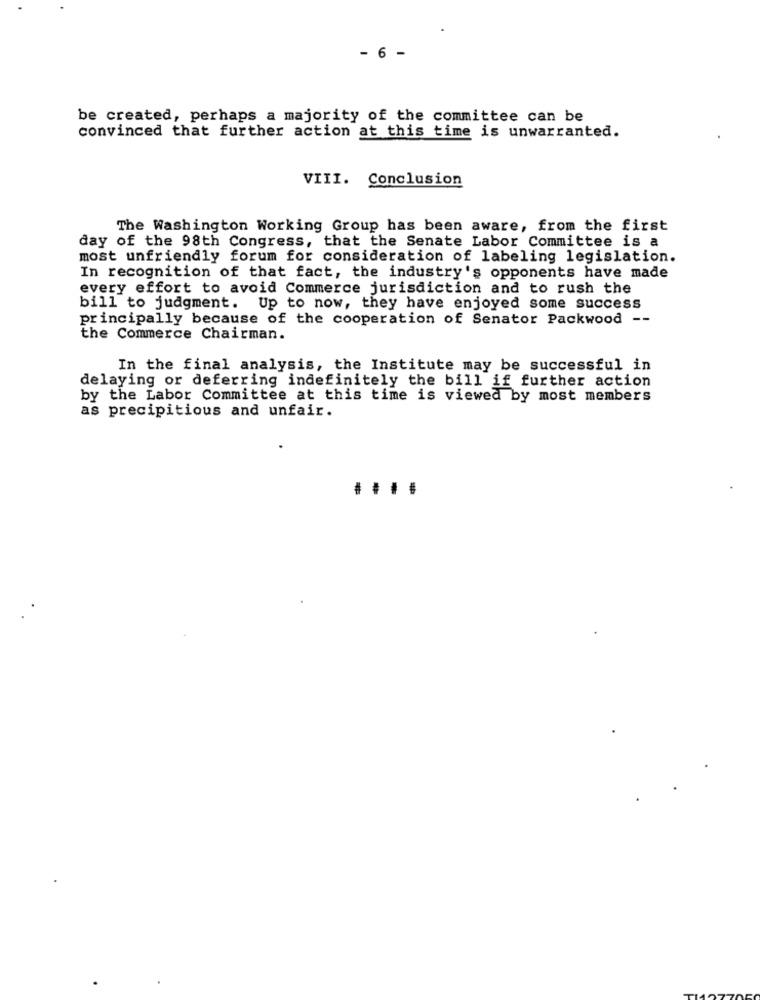
- 6 -
be created, perhaps a majority of the committee can be
convinced that further action at this time is unwarranted.
VIII. Conclusion
The Washington Working Group has been aware, from the first
day of the 98th Congress, that the Senate Labor Committee is a
most unfriendly forum for consideration of labeling legislation.
In recognition of that fact, the industry's opponents have made
every effort to avoid Commerce jurisdiction and to rush the
bill to judgment. Up to now, they have enjoyed some success
principally because of the cooperation of Senator Packwood --
the Commerce Chairman.
In the final analysis, the Institute may be successful in
delaying or deferring indefinitely the bill if further action
by the Labor Committee at this time is viewed by most members
as precipitious and unfair.